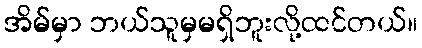
အိမ်မှာ ဘယ်သူမှမရှိဘူးလို့ထင်တယ်။